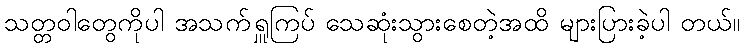
သတ္တဝါတွေကိုပါ အသက်ရှူကြပ် သေဆုံးသွားစေတဲ့အထိ များပြားခဲ့ပါ တယ်။